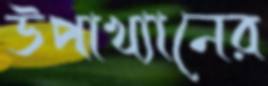
উপাখ্যানের